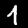
Label: 1